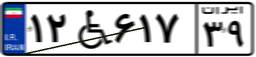
۱۲W۶۱۷۳۹